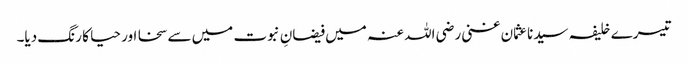
تیسرے خلیفہ سیدناعثمان غنی رضی اللہ عنہ میں فیضانِ نبوت میں سے سخا اور حیا کا رنگ دیا۔